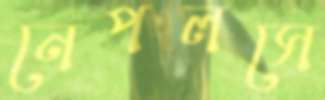
নেপলসে